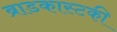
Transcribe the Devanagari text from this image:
ब्राडकास्टकी